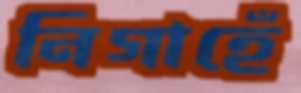
নিগাহেঁ